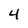
Character: 4